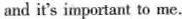
and it's important to me.